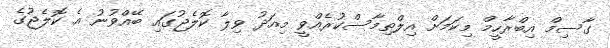
ގާސިމް އިބްރާހީމް މިކަމަށް އިލްތިމާސްކުރެއްވީ މިއަދު ވިލާ ކޮލެޖުގައި ބޭއްވުނު އެ ކޮލެޖުގެ